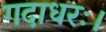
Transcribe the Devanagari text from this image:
गदाधरः।